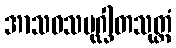
အာသဝသမုဂ္ဃါတသုတ္တံ